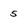
Character: 5